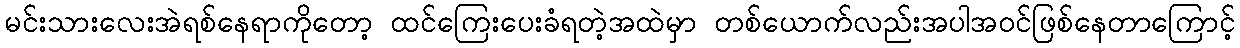
မင်းသားလေးအဲရစ်နေရာကိုတော့ ထင်ကြေးပေးခံရတဲ့အထဲမှာ တစ်ယောက်လည်းအပါအဝင်ဖြစ်နေတာကြောင့်